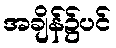
အချိန်၌ပင်